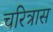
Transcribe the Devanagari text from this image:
चरित्रास